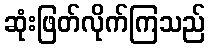
ဆုံးဖြတ်လိုက်ကြသည်